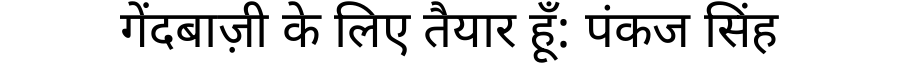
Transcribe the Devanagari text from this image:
गेंदबाज़ी के लिए तैयार हूँ: पंकज सिंह